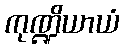
ကုဏ္ဍိယာယံ